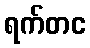
ရက်တင